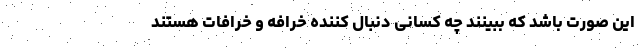
این صورت باشد که ببینند چه کسانی دنبال کننده خرافه و خرافات هستند